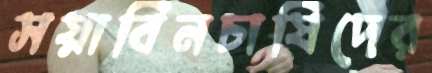
সয়াবিনচাষিদের